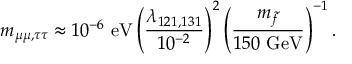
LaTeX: m _ { \mu \mu , \tau \tau } \approx 1 0 ^ { - 6 } \mathrm { ~ e V } \left( \frac { \lambda _ { 1 2 1 , 1 3 1 } } { 1 0 ^ { - 2 } } \right) ^ { 2 } \left( \frac { m _ { \tilde { f } } } { 1 5 0 \mathrm { ~ G e V } } \right) ^ { - 1 } .